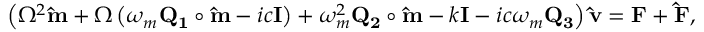
\left( \Omega ^ { 2 } \mathbf { \hat { m } } + \Omega \left( \omega _ { m } \mathbf { Q _ { 1 } } \circ \mathbf { \hat { m } } - i c \mathbf { I } \right) + \omega _ { m } ^ { 2 } \mathbf { Q _ { 2 } } \circ \mathbf { \hat { m } } - k \mathbf { I } - i c \omega _ { m } \mathbf { Q _ { 3 } } \right) \mathbf { \hat { v } } = \mathbf { F } + \mathbf { \hat { F } } ,